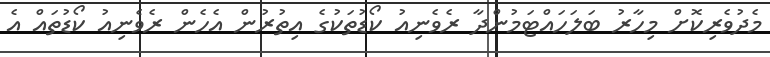
މެދުވެރިކޮށް މިހާރު ބަލަހައްޓަމުންދާ ރެވެނިއު ކޯޑުތަކުގެ އިތުރުން އެހެން ރެވެނިއު ކޯޑުތައް އެ